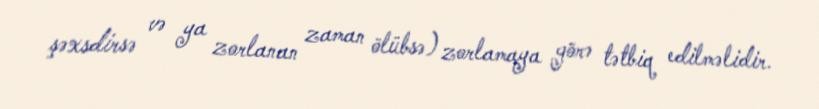
şəxsdirsə və ya zorlanan zaman ölübsə) zorlamaya görə tətbiq edilməlidir.